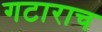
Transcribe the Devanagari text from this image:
गटाराच